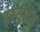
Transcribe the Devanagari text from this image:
इंस्टूमेंट